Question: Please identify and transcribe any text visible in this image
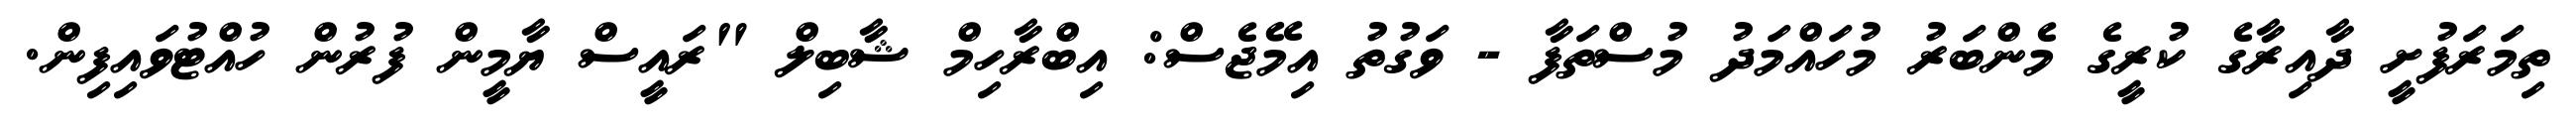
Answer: ތިމަރަފުށީ ދާއިރާގެ ކުރީގެ މެންބަރު މުހައްމަދު މުސްތަފާ - ވަގުތު އިމޭޖެސް: އިބްރާހިމް ޝާބިލް "ރައީސް ޔާމީން ފުރުން ހުއްޓުވައިފިން.